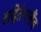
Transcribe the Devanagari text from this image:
सदेतेनलैंड